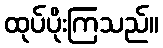
ထုပ်ပိုးကြသည်။